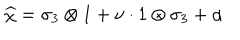
LaTeX: \widehat { \chi } = \sigma _ { 3 } \otimes 1 + \nu \cdot 1 \otimes \sigma _ { 3 } + \alpha